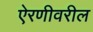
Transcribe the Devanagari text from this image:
ऐरणीवरील